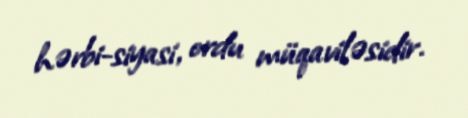
hərbi-siyasi, ordu müqaviləsidir.